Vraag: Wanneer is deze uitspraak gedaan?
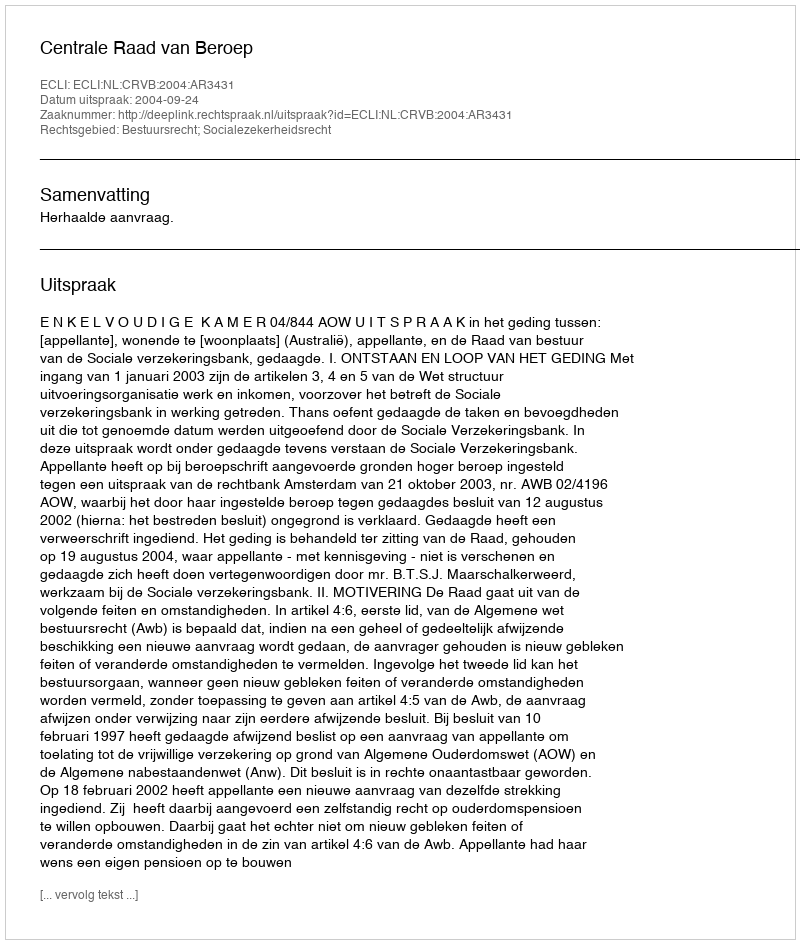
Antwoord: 2004-09-24